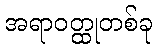
အရာဝတ္ထုတစ်ခု